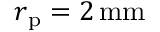
r _ { \mathrm { p } } = 2 \, \mathrm { m m }